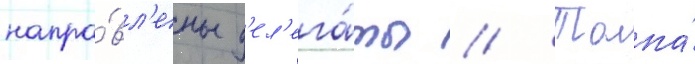
напра́вл'ены д'ел'ега́ты // Толпа́